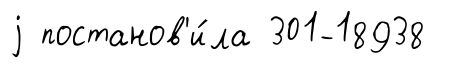
j постанов'и́ла 301-18938